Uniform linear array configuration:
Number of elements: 4
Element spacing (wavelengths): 0.25
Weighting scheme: hann
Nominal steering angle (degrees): -60
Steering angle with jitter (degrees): -58.699
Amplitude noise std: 0.05
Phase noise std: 0.05

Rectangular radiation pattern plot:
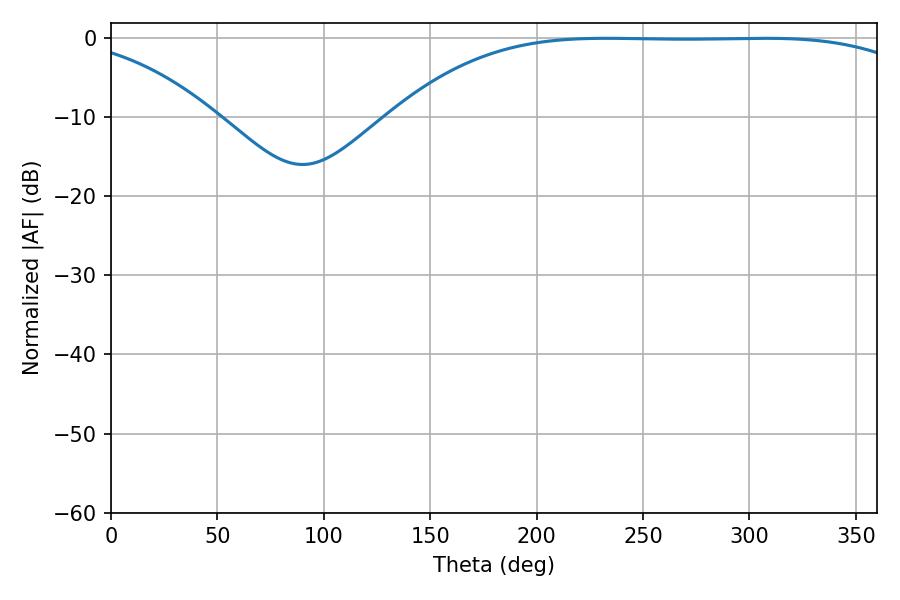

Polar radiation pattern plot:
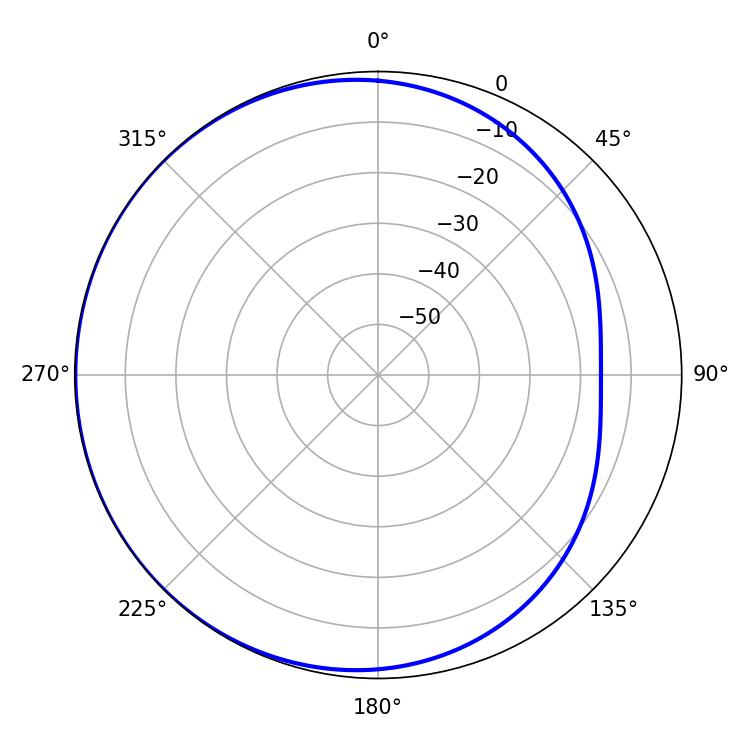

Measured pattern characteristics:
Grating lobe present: FALSE
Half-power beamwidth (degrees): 191.7
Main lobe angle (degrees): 232.74